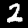
Digit: 2